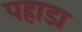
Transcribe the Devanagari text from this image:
पहाडा